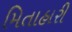
મિતાહારી